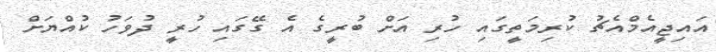
އައިޖީއެމްއެޗު ކުރިމަތީގައި ހުރި އަށް ބުރީގެ އެ ގޭގައި ހުރީ ދުވަހު ކުއްޔަށް